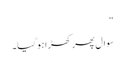
“
سوال پھر کھڑا ہوگیا۔